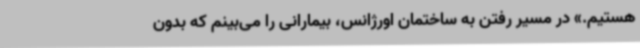
هستیم.» در مسیر رفتن به ساختمان اورژانس، بیمارانی را می‌بینم که بدون